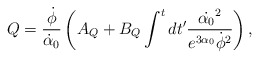
\begin{align*}Q=\frac{\dot{\phi}}{\dot{\alpha}_0} \left(A_{Q}+B_{Q} \int^t dt' \frac{\dot{\alpha_0}^2}{e^{3 \alpha_0}\dot{\phi}^2} \right),\end{align*}